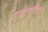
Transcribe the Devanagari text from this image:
सुप्राप्यूबिक